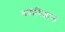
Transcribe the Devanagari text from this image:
बद्रीविशाल